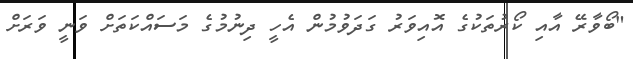
"ބޯވާރޭ އާއި ކޯރުތަކުގެ އޮއިވަރު ގަދަވުމުން އެހީ ދިނުމުގެ މަސައްކަތަށް ވަނީ ވަރަށް